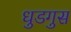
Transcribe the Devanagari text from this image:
धुडगुस